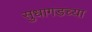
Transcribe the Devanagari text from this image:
सुधागडच्या